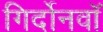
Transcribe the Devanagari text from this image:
गिर्दोनवाॅ